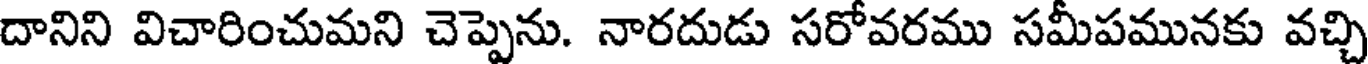
దానిని విచారించుమని చెప్పెను. నారదుడు సరోవరము సమీపమునకు వచ్చి